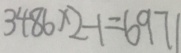
3 4 8 6 \times 2 - 1 = 6 9 7 1